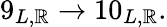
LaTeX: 9_{L,\mathbb{R}}\rightarrow10_{L,\mathbb{R}}.